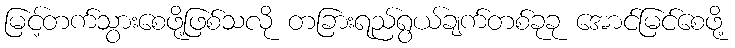
မြင့်တက်သွားစေဖို့ဖြစ်သလို တခြားရည်ရွယ်ချက်တစ်ခုခု အောင်မြင်စေဖို့